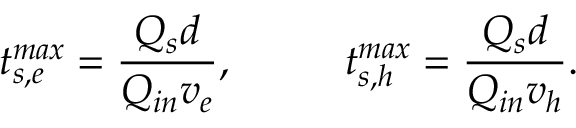
t _ { s , e } ^ { m a x } = \frac { Q _ { s } d } { Q _ { i n } v _ { e } } , ~ ~ ~ ~ ~ ~ ~ ~ t _ { s , h } ^ { m a x } = \frac { Q _ { s } d } { Q _ { i n } v _ { h } } .